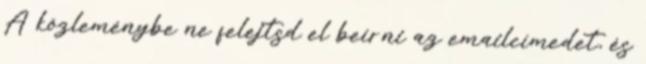
A közleménybe ne felejtsd el beírni az emailcímedet, és